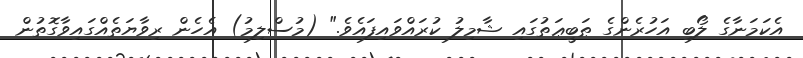
އެކަމަނާގެ ލޯބި އަހުރެންގެ ޠަބީޢަތުގައި ޝާމިލު ކުރައްވައިފައެވެ." (މުސްލިމު) އެހެން ރިވާޔަތެއްގައިވާގޮތުން